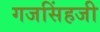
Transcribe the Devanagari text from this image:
गजसिंहजी